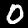
Digit: 0